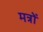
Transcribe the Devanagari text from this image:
मत्रों